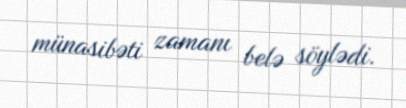
münasibəti zamanı belə söylədi.